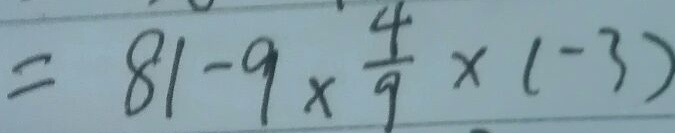
= 8 1 - 9 \times \frac { 4 } { 9 } \times ( - 3 )